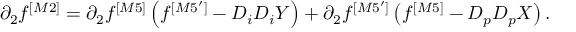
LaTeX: \partial _ { 2 } f ^ { [ M 2 ] } = \partial _ { 2 } f ^ { [ M 5 ] } \left( f ^ { [ M 5 ^ { \prime } ] } - D _ { i } D _ { i } Y \right) + \partial _ { 2 } f ^ { [ M 5 ^ { \prime } ] } \left( f ^ { [ M 5 ] } - D _ { p } D _ { p } X \right) .